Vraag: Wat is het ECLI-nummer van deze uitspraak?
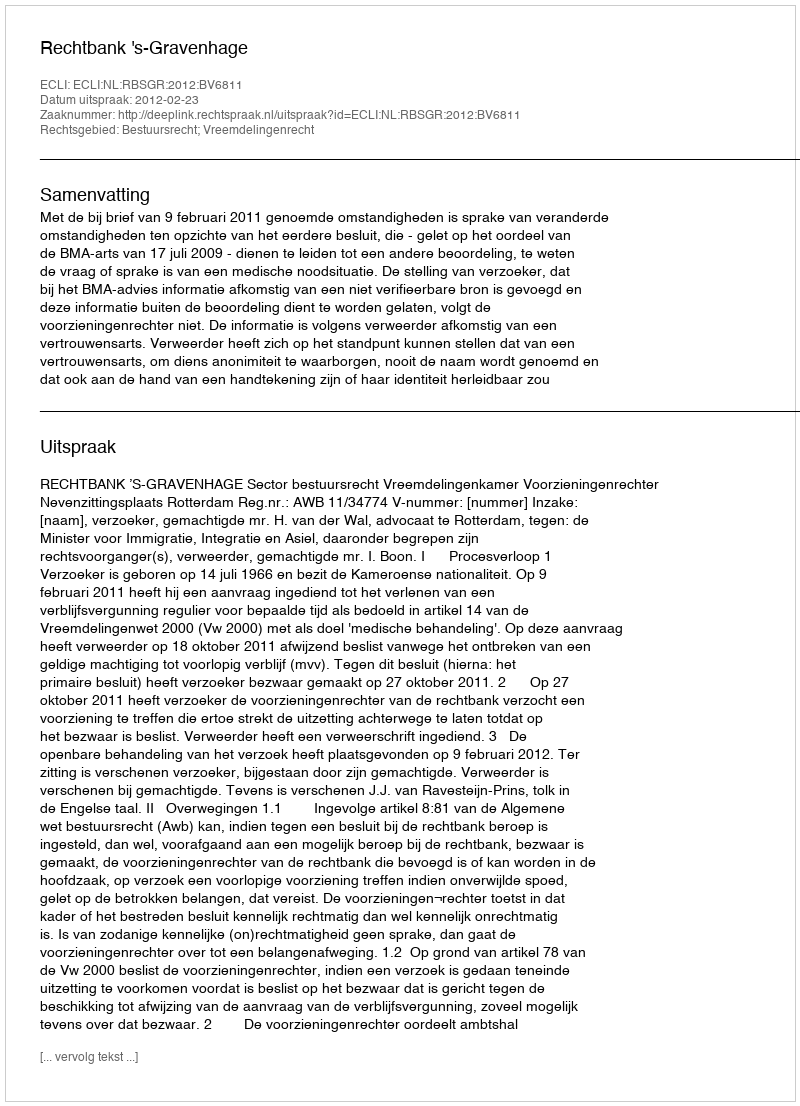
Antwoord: ECLI:NL:RBSGR:2012:BV6811